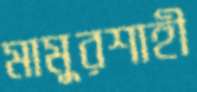
মামুরশাহী